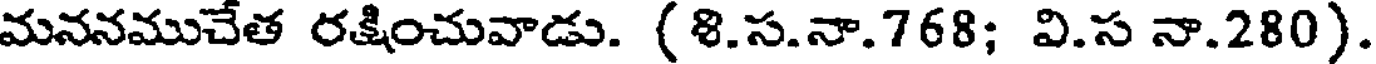
మననముచేత రక్షించువాడు. (8.స.నా.768; వి.స నా.280).